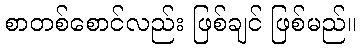
စာတစ်စောင်လည်း ဖြစ်ချင် ဖြစ်မည်။